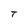
Character: T